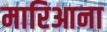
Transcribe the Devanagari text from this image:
मारिआना